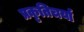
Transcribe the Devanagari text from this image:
प्रकृतिचर्या